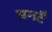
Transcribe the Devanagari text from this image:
प्रगटै